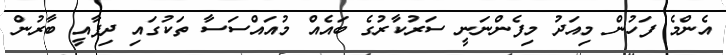
އެންމެ ފަހުން މިއަދު މިފެންނަނީ ސަރުކާރުގެ ބައެއް މުއައްސަސާ ތަކުގައި ދިފާއީ ބާރުން